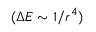
( \Delta E \sim 1 / r ^ { 4 } )